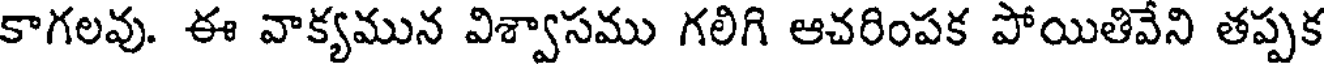
కాగలవు. ఈ వాక్యమున విశ్వాసము గలిగి ఆచరింపక పోయితివేని తప్పక